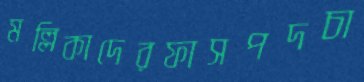
মল্লিকাদেরফাসপদচা